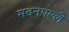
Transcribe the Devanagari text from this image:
मदनपल्ले